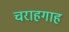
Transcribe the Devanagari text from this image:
चराहगाह